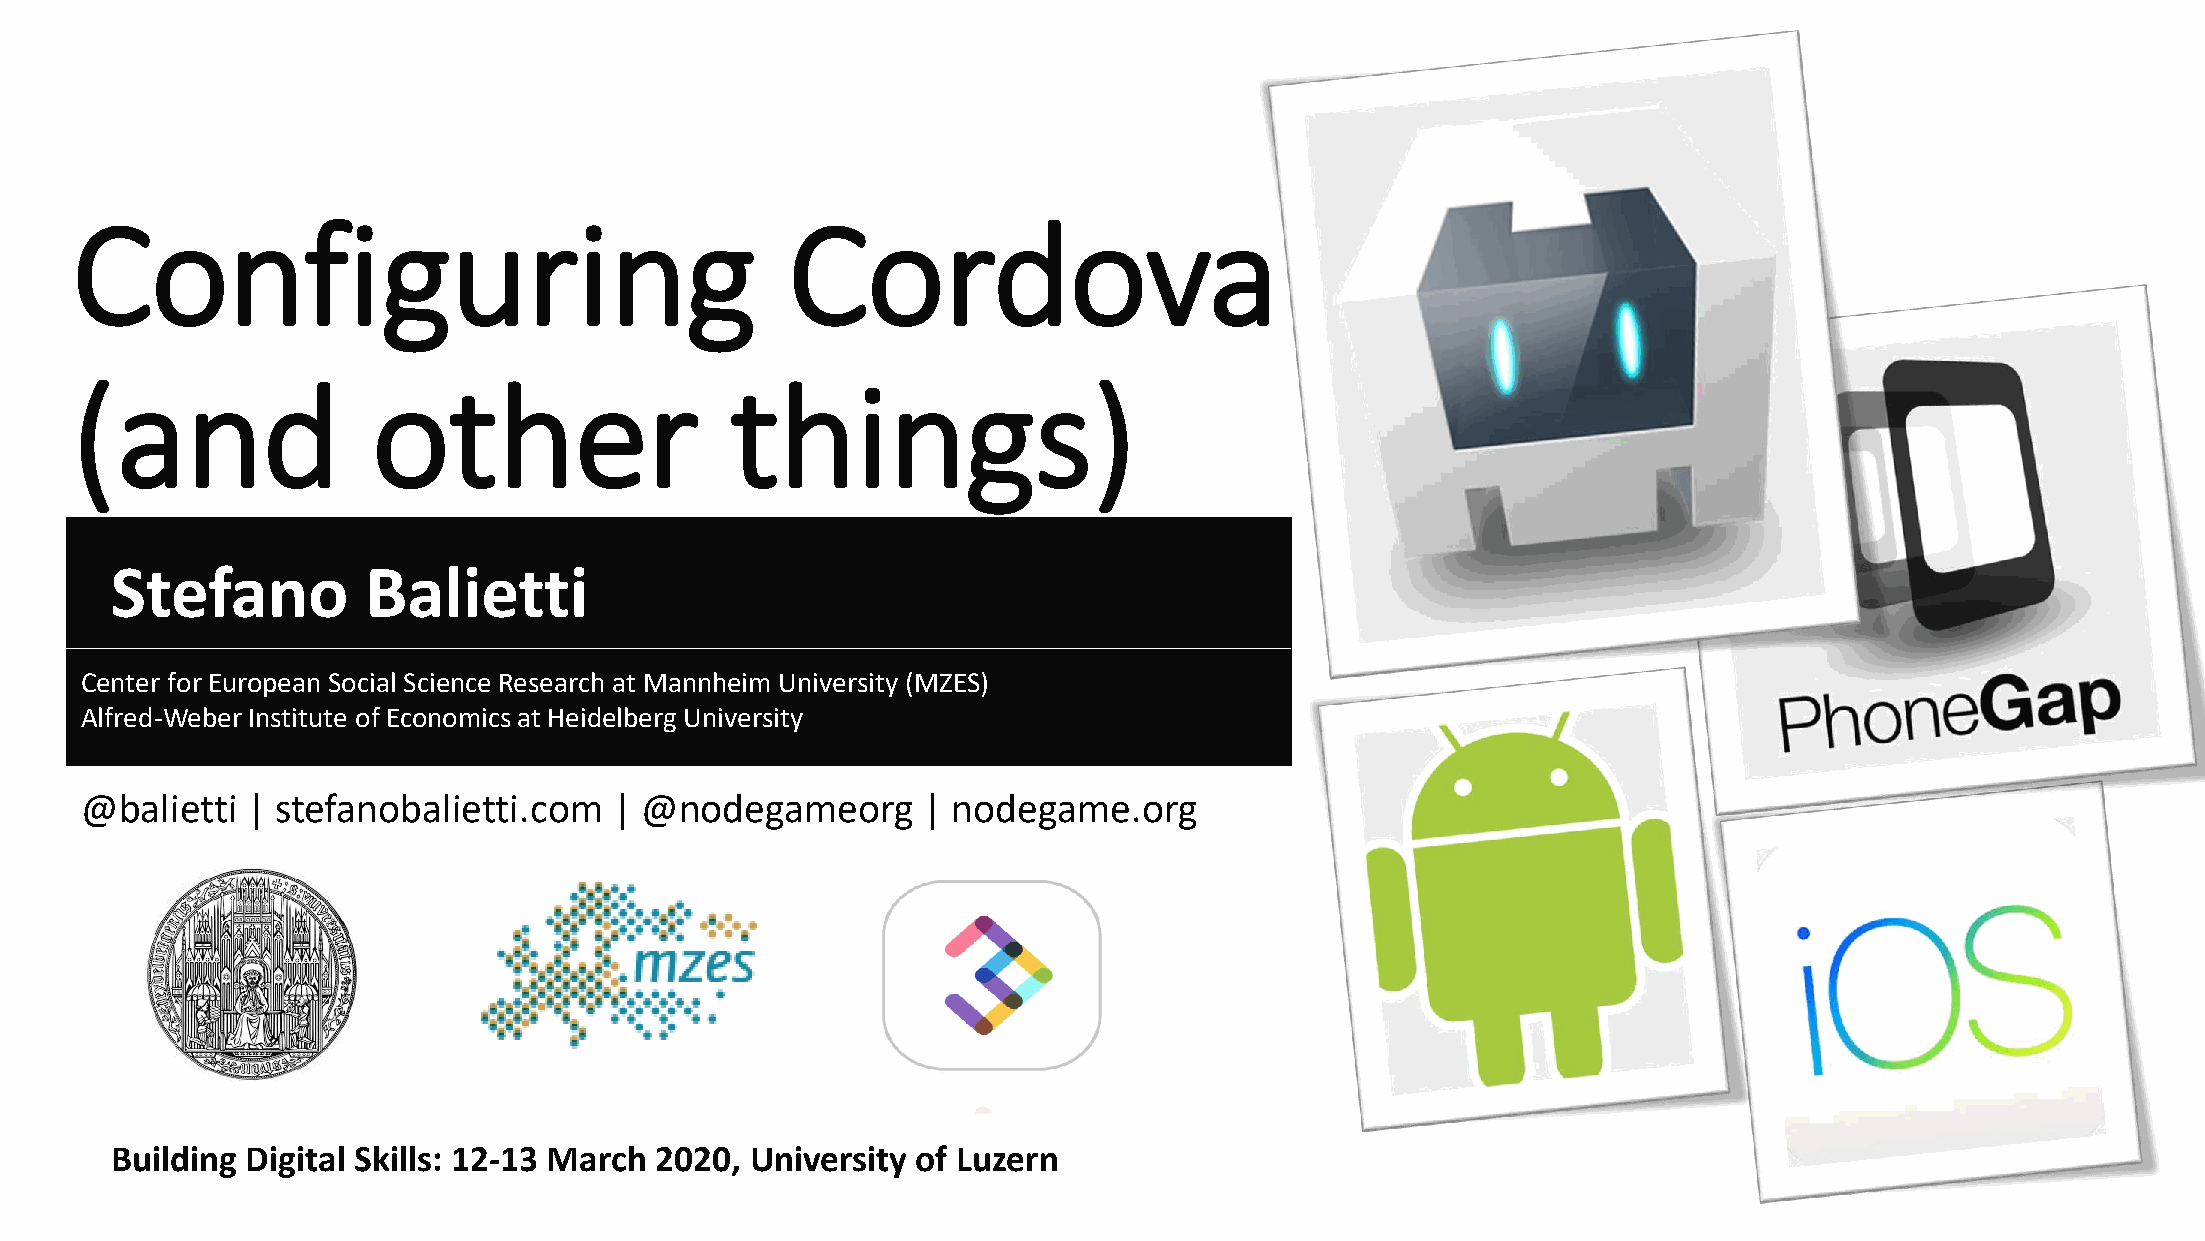
Configuring                                    Cordova
 (and                other                  things)
 Stefano          Balietti
 Center for European Social Science Research at Mannheim University (MZES)
 Alfred-Weber Institute of Economics at Heidelberg University
 @balietti  | stefanobalietti.com    | @nodegameorg      | nodegame.org
 Building Digital Skills: 12-13 March 2020, University of Luzern